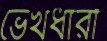
ভেখধারী